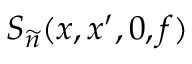
S _ { \widetilde { n } } ( x , x ^ { \prime } , 0 , f )